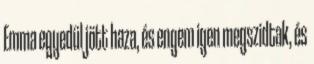
Emma egyedül jött haza, és engem igen megszidtak, és